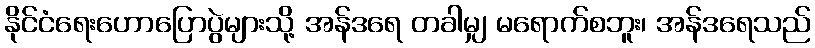
နိုင်ငံရေးဟောပြောပွဲများသို့ အန်ဒရေ တခါမျှ မရောက်စဘူး၊ အန်ဒရေသည်